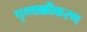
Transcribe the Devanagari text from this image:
पृथ्थक्कीकरण